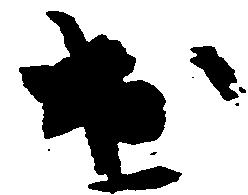
出